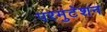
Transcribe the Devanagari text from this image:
परमुटेशन